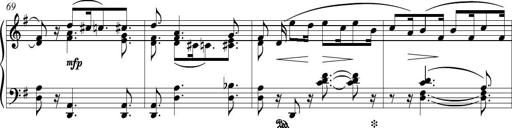
Title: Piano Sonatina in G major
Composer: Johan Peter Emilius Hartmann
Key: G major